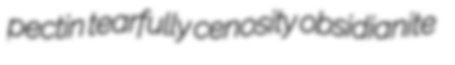
pectin tearfully cenosity obsidianite